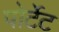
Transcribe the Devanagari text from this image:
पोर्टेट